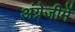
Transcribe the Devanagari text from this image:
अंग्रेजीमें